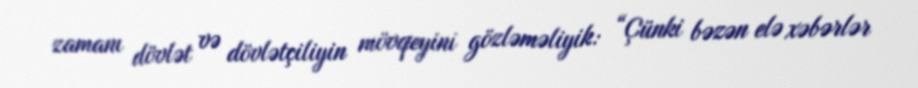
zamanı dövlət və dövlətçiliyin mövqeyini gözləməliyik: “Çünki bəzən elə xəbərlər